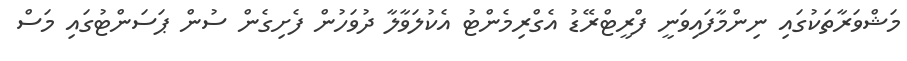
މަޝްވަރާތަކުގައި ނިންމާފައިވަނީ ފްރީޓްރޭޑު އެގްރިމެންޓު އެކުލަވާލާ ދުވަހުން ފެށިގެން ސުން ޕަސަންޓުގައި މަސް